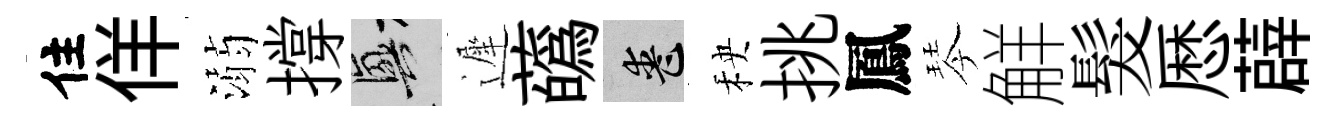
住佯溺撐興遲蘤喪秧挑鳳琴觧髮厯薜